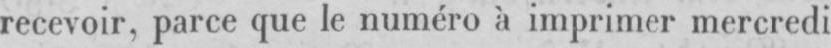
recevoir, parce que le numéro à imprimer mercredi